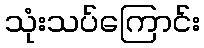
သုံးသပ်ကြောင်း